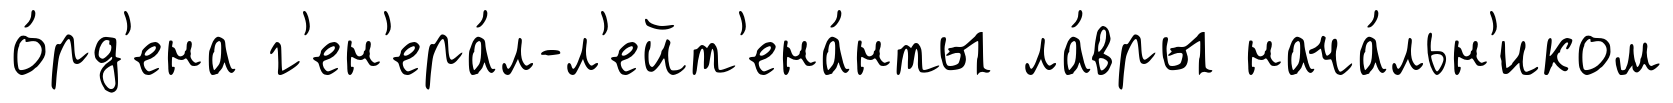
о́рд'ена г'ен'ера́л-л'ейт'ена́нты ла́вры нача́льн'иком